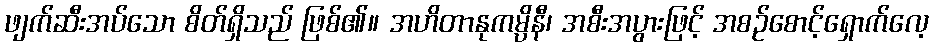
ဖျက်ဆီးအပ်သော စိတ်ရှိသည် ဖြစ်၏။ အဟိတာနုကမ္ပိနီ၊ အစီးအပွားဖြင့် အစဉ်စောင့်ရှောက်လေ့